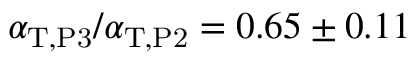
\alpha _ { \mathrm { T } , \mathrm { P 3 } } / \alpha _ { \mathrm { T } , \mathrm { P 2 } } = 0 . 6 5 \pm 0 . 1 1